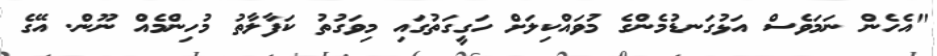
"އެހެން ނަމަވެސް އަޅުގަނޑުމެންގެ މުވައްކިލަށް ހަގީގަތުގައި މިވަގުތު ކަފާލާތު މުހިންމެއް ނޫން. އޭގެ